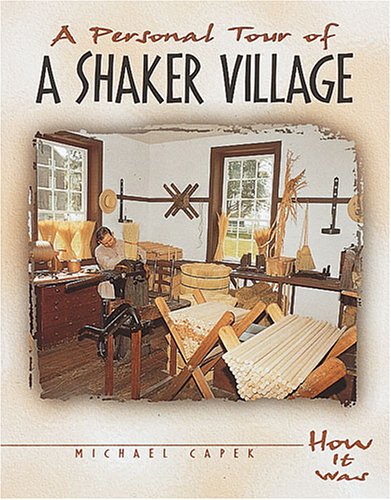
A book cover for A Personal Tour of a Shaker Village (How It Was); Michael Capek; Christian Books & Bibles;